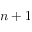
n + 1